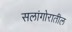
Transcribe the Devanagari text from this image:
सलांगोरातील